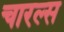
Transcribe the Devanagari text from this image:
चारल्स